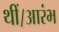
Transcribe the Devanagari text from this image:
थीं।आरंभ